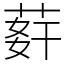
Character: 䓸